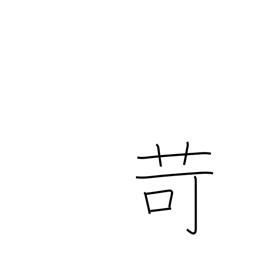
Meaning: chastise